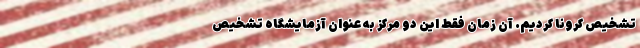
تشخیص کرونا کردیم. آن زمان فقط این دو مرکز به عنوان آزمایشگاه تشخیص